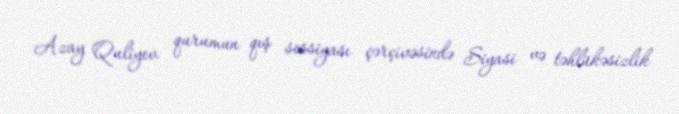
Azay Quliyev qurumun qış sessiyası çərçivəsində Siyasi və təhlükəsizlik